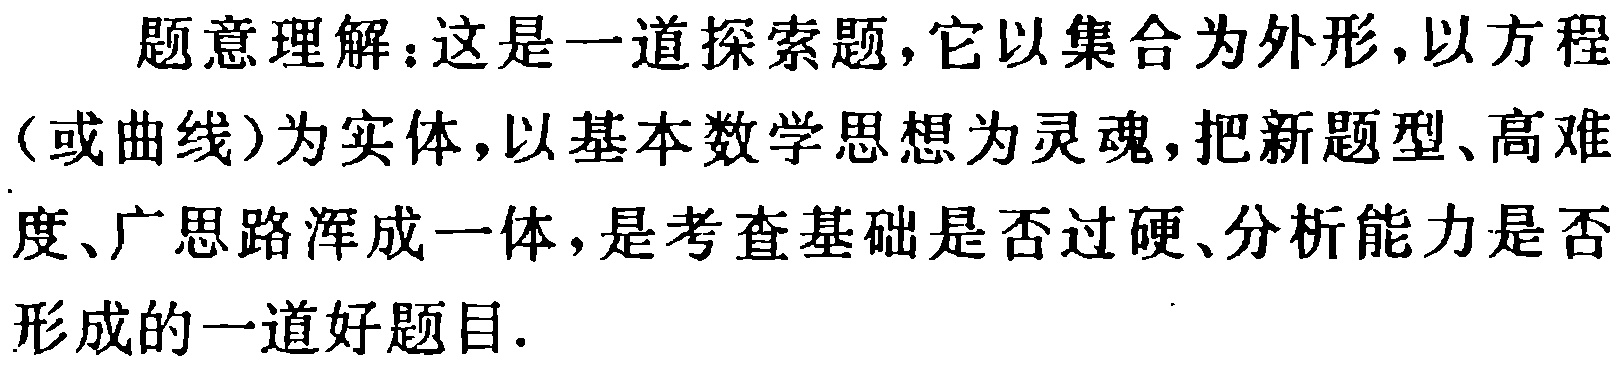
题意理解：这是一道探索题，它以集合为外形，以方程（或曲线）为实体，以基本数学思想为灵魂，把新题型、高难度、广思路浑成一体，是考查基础是否过硬、分析能力是否形成的一道好题目.